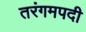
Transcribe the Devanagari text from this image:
तरंगमपदी